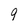
Character: 9